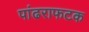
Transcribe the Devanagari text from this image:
पांढराफटक